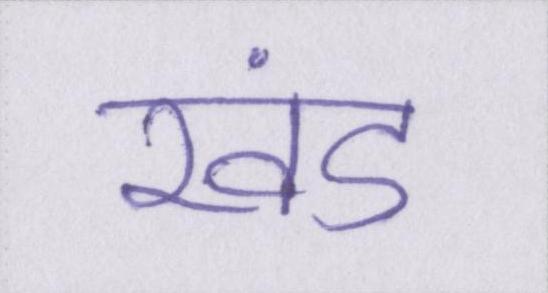
खंड